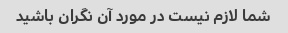
شما لازم نیست در مورد آن نگران باشید